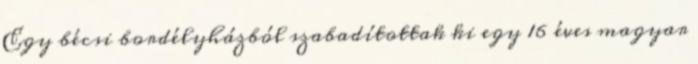
Egy bécsi bordélyházból szabadítottak ki egy 16 éves magyar